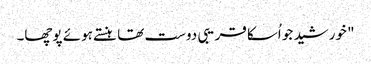
" خورشید جو اُسکا قریبی دوست تھا ہنستے ہوئے پوچھا۔